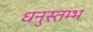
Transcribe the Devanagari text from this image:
धनुस्तम्भ